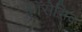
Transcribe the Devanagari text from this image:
काॅरोसिव